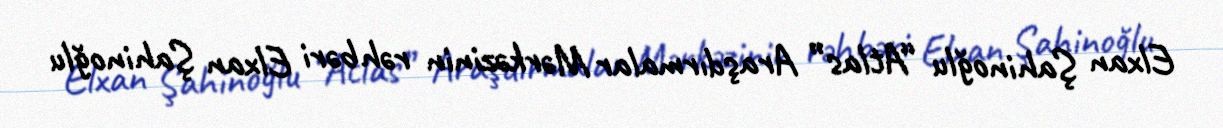
Elxan Şahinoğlu “Atlas” Araşdırmalar Mərkəzinin rəhbəri Elxan Şahinoğlu